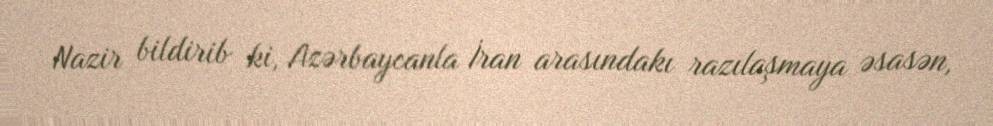
Nazir bildirib ki, Azərbaycanla İran arasındakı razılaşmaya əsasən,